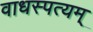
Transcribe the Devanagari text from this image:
वाधस्पत्यम्